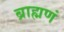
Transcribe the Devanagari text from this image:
ब्राह्मणं